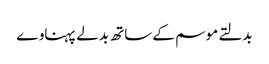
بدلتے موسم کے ساتھ بدلے پہناوے